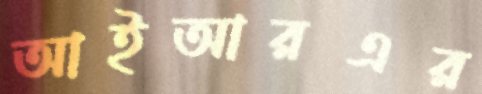
আইআরএর